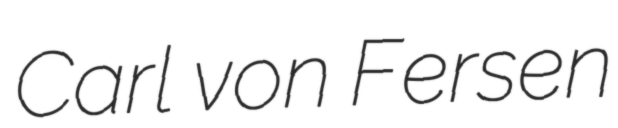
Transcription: Carl von Fersen